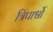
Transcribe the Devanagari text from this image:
त्रिपार्श्वो